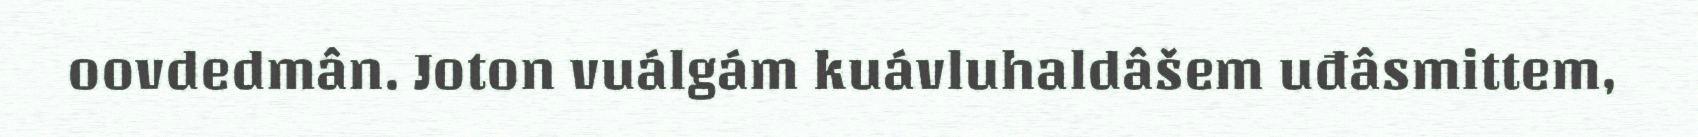
oovdedmân. Joton vuálgám kuávluhaldâšem uđâsmittem,